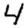
Digit: 4